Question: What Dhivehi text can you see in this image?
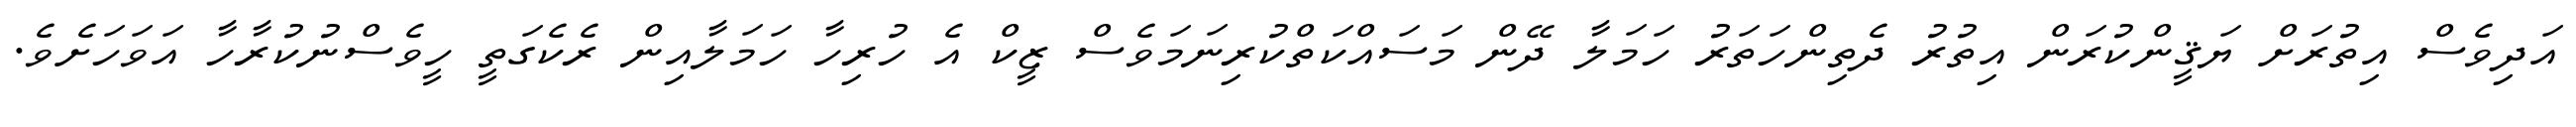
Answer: އަދިވެސް އިތުރަށް ޔަޤީންކުރަން އިތުރު ދެތިންހަތަރު ހަމަލާ ދޭން މަސައްކަތްކުރިނަމަވެސް ޒީކް އެ ހުރިހާ ހަމަލާއިން ރެކެގަތީ ހީވެސްނުކުރާހާ އަވަހަށެވެ.